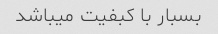
بسبار با کبفیت میباشد